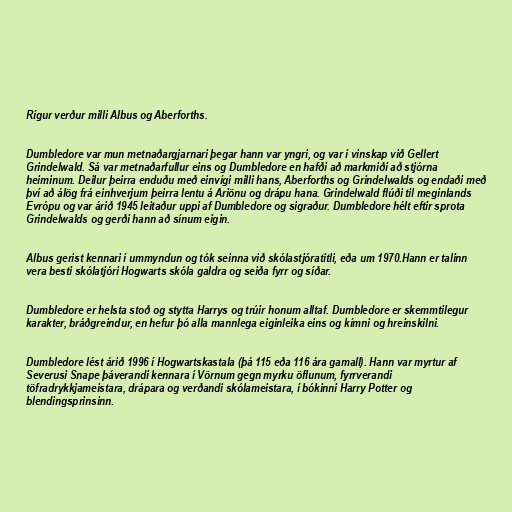
Rígur verður milli Albus og Aberforths.

Dumbledore var mun metnaðargjarnari þegar hann var yngri, og var í vinskap við Gellert
Grindelwald. Sá var metnaðarfullur eins og Dumbledore en hafði að markmiði að stjórna
heiminum. Deilur þeirra enduðu með einvígi milli hans, Aberforths og Grindelwalds og endaði með
því að álög frá einhverjum þeirra lentu á Ariönu og drápu hana. Grindelwald flúði til meginlands
Evrópu og var árið 1945 leitaður uppi af Dumbledore og sigraður. Dumbledore hélt eftir sprota
Grindelwalds og gerði hann að sínum eigin.

Albus gerist kennari í ummyndun og tók seinna við skólastjóratitli, eða um 1970.Hann er talinn
vera besti skólatjóri Hogwarts skóla galdra og seiða fyrr og síðar.

Dumbledore er helsta stoð og stytta Harrys og trúir honum alltaf. Dumbledore er skemmtilegur
karakter, bráðgreindur, en hefur þó alla mannlega eiginleika eins og kímni og hreinskilni.

Dumbledore lést árið 1996 í Hogwartskastala (þá 115 eða 116 ára gamall). Hann var myrtur af
Severusi Snape þáverandi kennara í Vörnum gegn myrku öflunum, fyrrverandi
töfradrykkjameistara, drápara og verðandi skólameistara, í bókinni Harry Potter og
blendingsprinsinn.